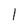
Character: l